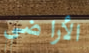
الأراضي